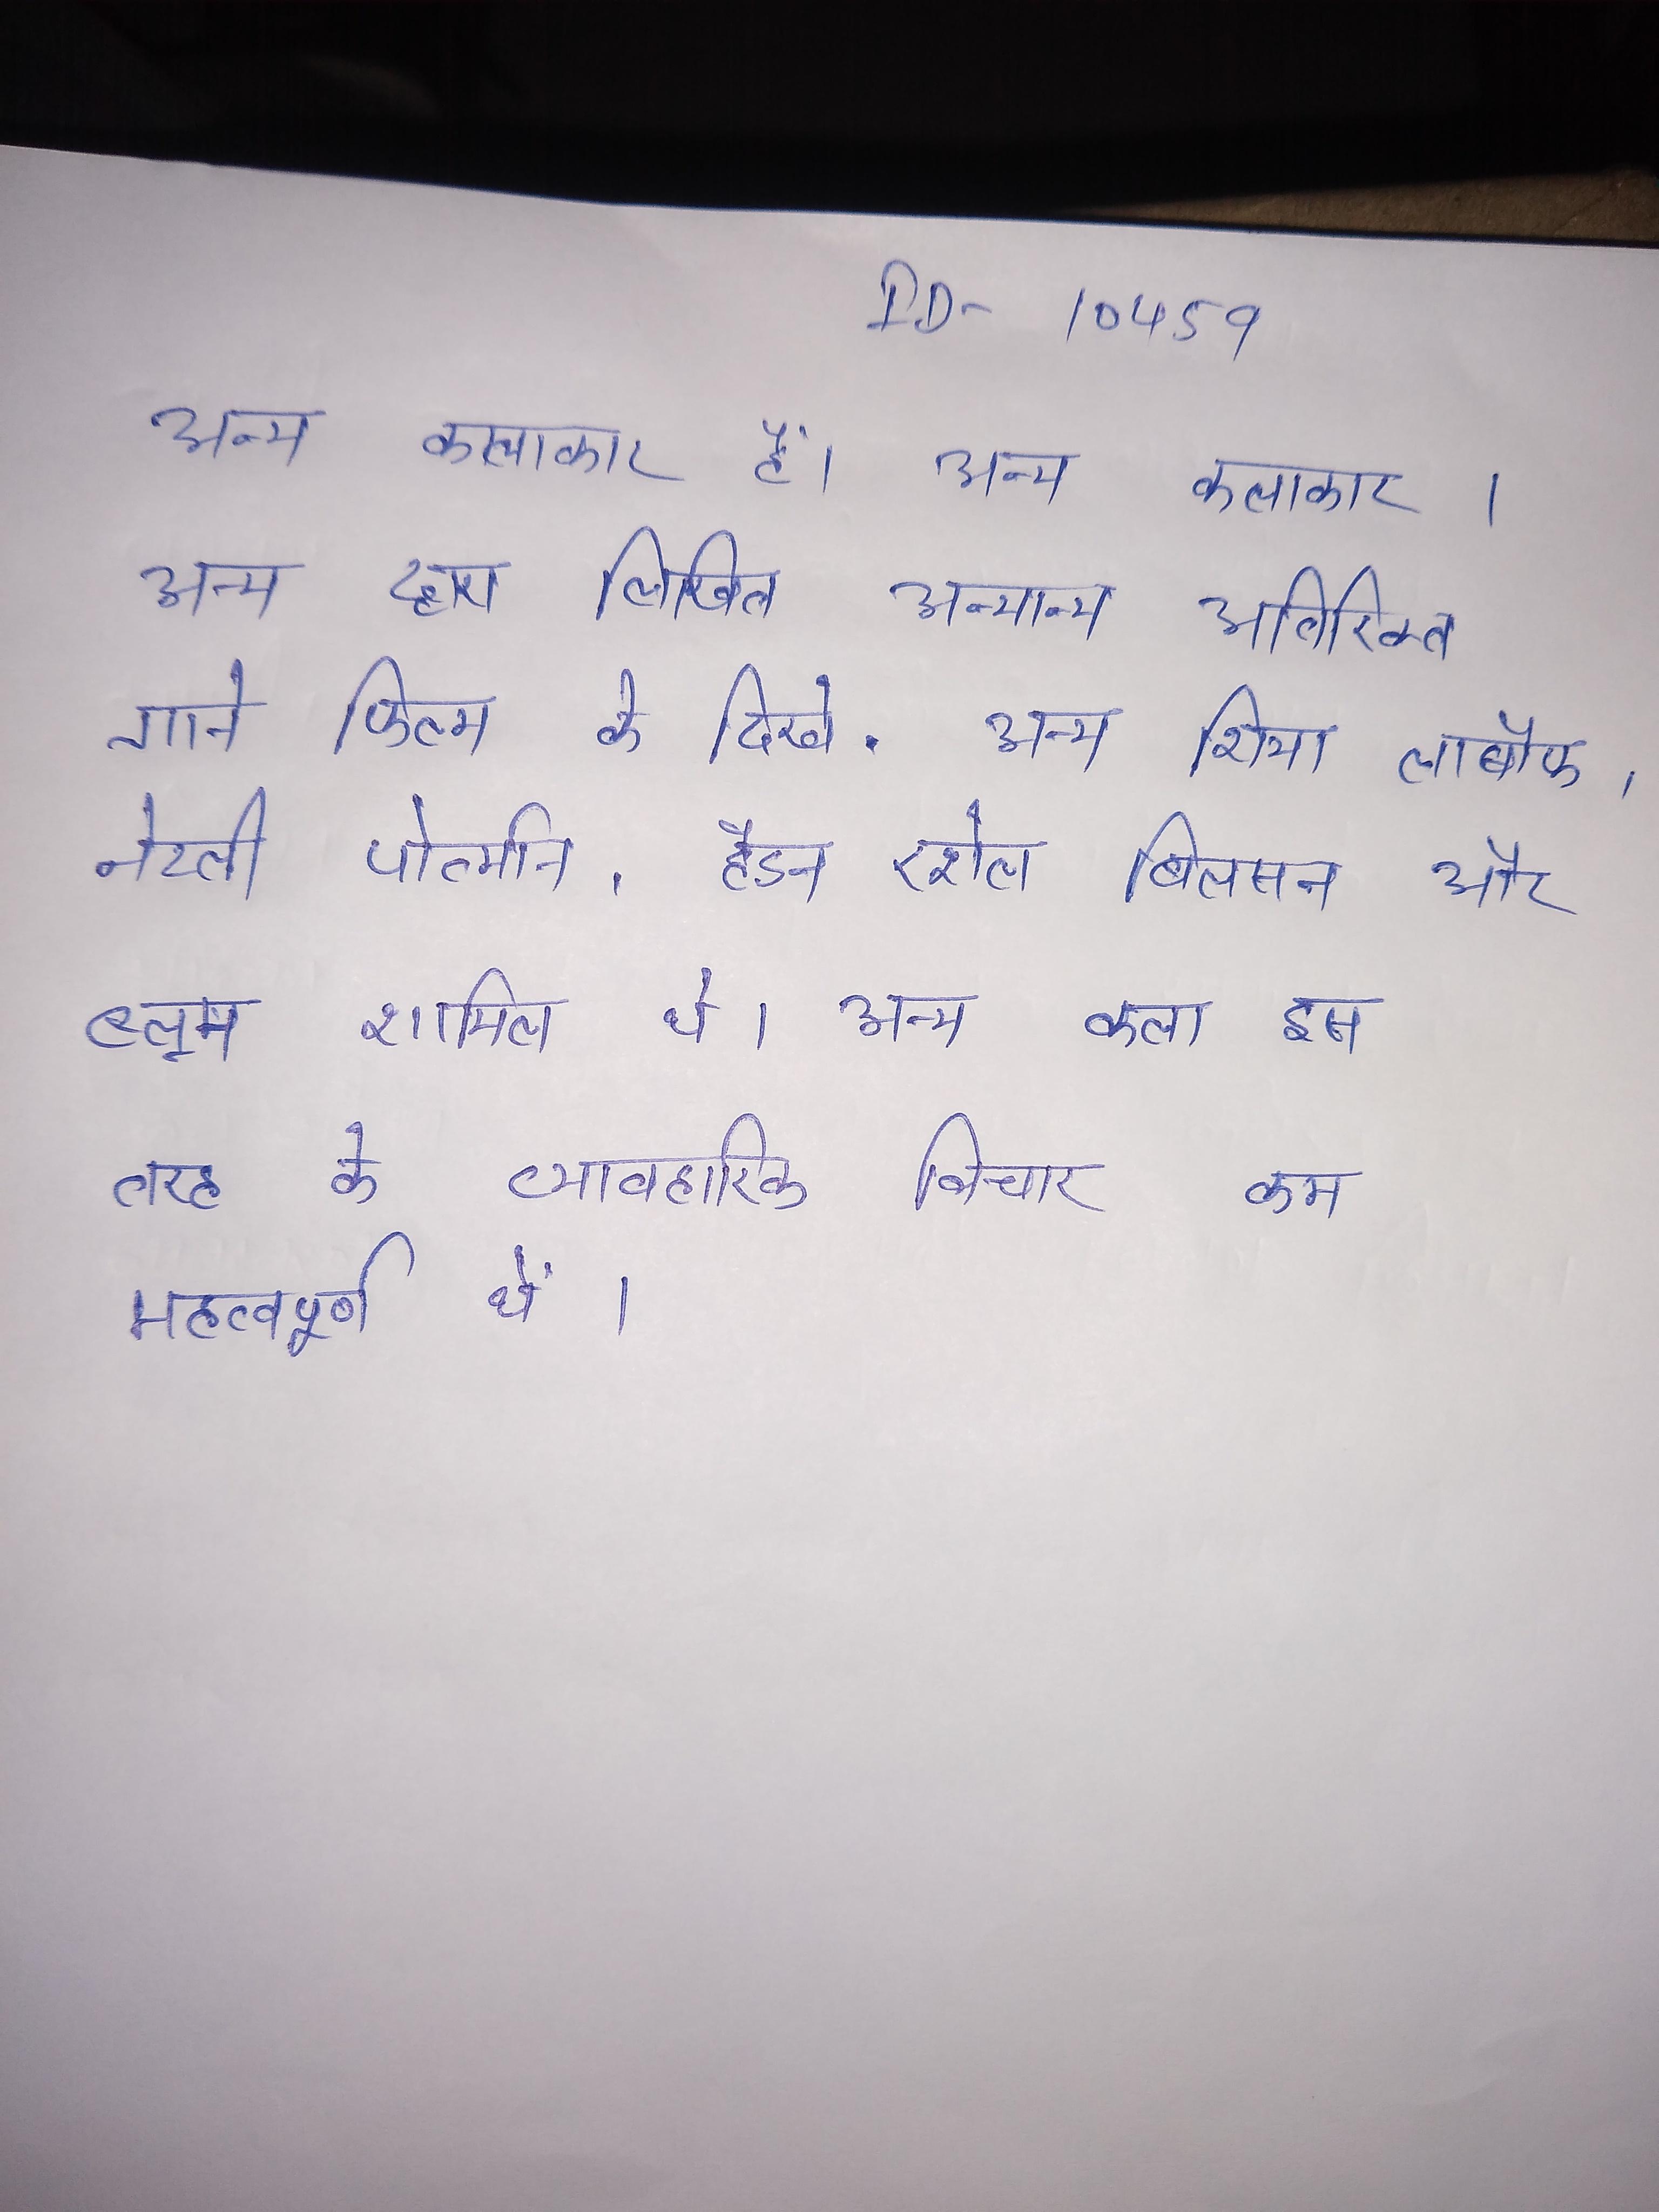
अन्य कलाकार है । अन्य कलाकार । अन्य द्वारा लिखित अन्यान्य अतिरिक्त गाने फिल्म के दिखे . अन्य शिया लाबौफ, नेटली पोर्त्मान, हैडन रशेल बिलसन और ब्लूम शामिल थे । अन्य कला इस तरह के व्यावहारिक विचार कम महत्वपूर्ण थे ।